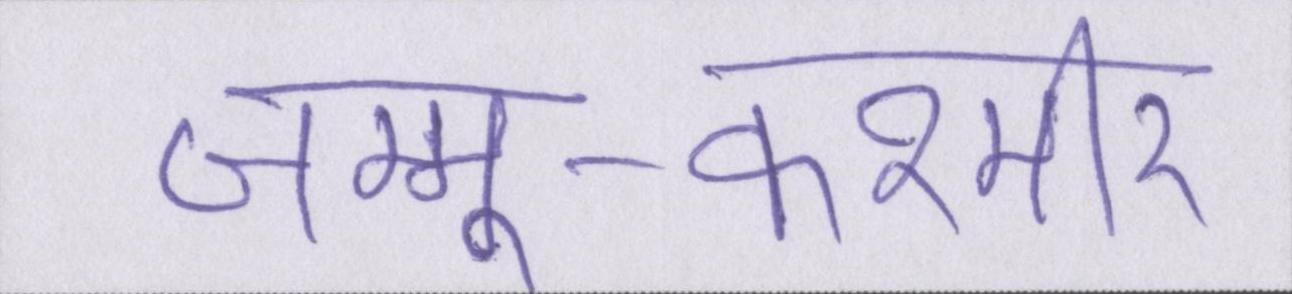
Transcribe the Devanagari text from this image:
जम्मू-कश्मीर